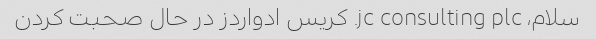
سلام، jc consulting plc. کریس ادواردز در حال صحبت کردن